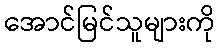
အောင်မြင်သူများကို